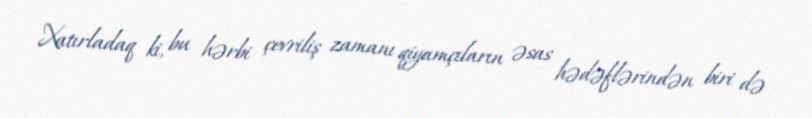
Xatırladaq ki, bu hərbi çevriliş zamanı qiyamçıların əsas hədəflərindən biri də